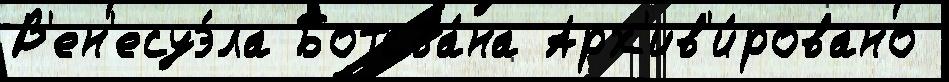
В'ен'есуэ́ла Ботсва́на Арх'ив'и́ровано